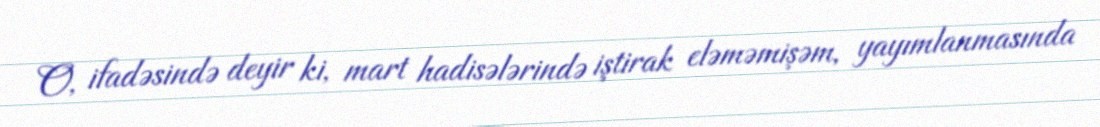
O, ifadəsində deyir ki, mart hadisələrində iştirak eləməmişəm, yayımlanmasında